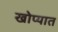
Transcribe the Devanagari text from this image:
खोप्यात